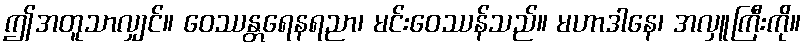
ဤအတူသာလျှင်။ ဝေဿန္တရေနရညာ၊ မင်းဝေဿန်သည်။ မဟာဒါနေ၊ အလှူကြီးကို။